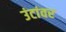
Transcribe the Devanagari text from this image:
उंटांवर